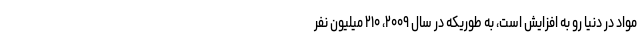
مواد در دنیا رو به افزایش است، به طوریکه در سال ۲۰۰۹، ۲۱۰ میلیون نفر